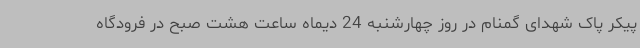
پیکر پاک شهدای گمنام در روز چهارشنبه 24 دیماه ساعت هشت صبح در فرودگاه